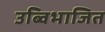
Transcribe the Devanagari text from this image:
उब्विभाजित